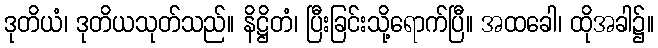
ဒုတိယံ၊ ဒုတိယသုတ်သည်။ နိဋ္ဌိတံ၊ ပြီးခြင်းသို့ရောက်ပြီ။ အထခေါ၊ ထိုအခါ၌။